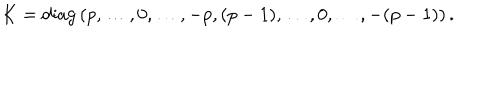
LaTeX: K = \mathrm { d i a g } \left( p , \ldots , 0 , \ldots , - p , ( p - 1 ) , \ldots , 0 , \ldots , - ( p - 1 ) \right) .